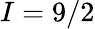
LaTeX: I=9/2